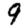
Digit: 9